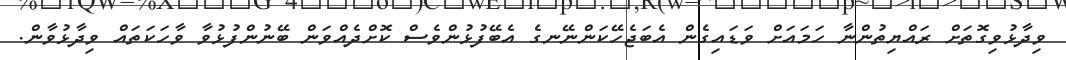
ވިދާޅުވިގޮތަށް ރައްޔިތުންނާ ހަމައަށް ވަޑައިގެން އެބަޖެހޭކަންނޭނގެ އެބޭފުޅުންވެސް ކޮށްދެއްވަން ބޭނުންފުޅުވާ ވާހަކަތައް ވިދާޅުވާން.